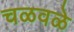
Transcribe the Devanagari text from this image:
चळवळे